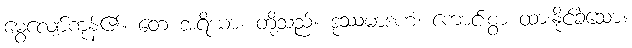
မွေ့လျော်ကုန်၏။ တေ အရိယာ၊ တို့သည်။ ဒုဿမာဒဟံ၊ ကောင်းစွာ ထားနိုင်ခဲသော။